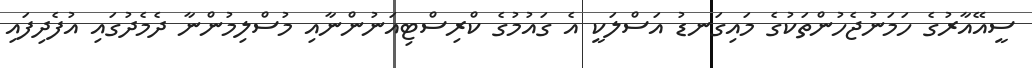
ސީއޭއާރުގެ ހަމަނުޖެހުންތަކުގެ މައިގަނޑު އަސްލަކީ އެ ގައުމުގެ ކްރިސްޓިއަނުންނާއި މުސްލިމުންނާ ދެމެދުގައި އުފެދިފައި